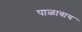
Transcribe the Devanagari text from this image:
पाळावाच